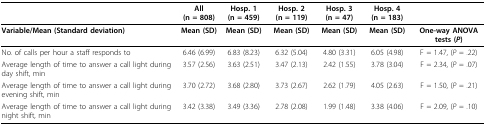
<table><thead><tr><td></td><td><b>All (n = 808)</b></td><td><b>Hosp. 1 (n = 459)</b></td><td><b>Hosp. 2 (n = 119)</b></td><td><b>Hosp. 3 (n = 47)</b></td><td><b>Hosp. 4 (n = 183)</b></td><td></td></tr></thead><tbody><tr><td><b>Variable/Mean (Standard deviation)</b></td><td><b>Mean (SD)</b></td><td><b>Mean (SD)</b></td><td><b>Mean (SD)</b></td><td><b>Mean (SD)</b></td><td><b>Mean (SD)</b></td><td><b>One-way ANOVA tests (<i>P</i>)</b></td></tr><tr><td>No. of calls per hour a staff responds to</td><td>6.46 (6.99)</td><td>6.83 (8.23)</td><td>6.32 (5.04)</td><td>4.80 (3.31)</td><td>6.05 (4.98)</td><td>F = 1.47, (<i>P </i>= .22)</td></tr><tr><td>Average length of time to answer a call light during day shift, min</td><td>3.57 (2.56)</td><td>3.63 (2.51)</td><td>3.47 (2.13)</td><td>2.42 (1.55)</td><td>3.78 (3.04)</td><td>F = 2.34, (<i>P </i>= .07)</td></tr><tr><td>Average length of time to answer a call light during evening shift, min</td><td>3.70 (2.72)</td><td>3.68 (2.80)</td><td>3.73 (2.67)</td><td>2.62 (1.79)</td><td>4.05 (2.63)</td><td>F = 1.50, (<i>P </i>= .21)</td></tr><tr><td>Average length of time to answer a call light during night shift, min</td><td>3.42 (3.38)</td><td>3.49 (3.36)</td><td>2.78 (2.08)</td><td>1.99 (1.48)</td><td>3.38 (4.06)</td><td>F = 2.09, (<i>P </i>= .10)</td></tr></tbody></table>